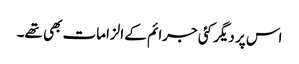
اس پر دیگر کئی جرائم کے الزامات بھی تھے۔